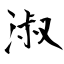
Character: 淑